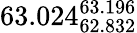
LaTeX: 63.024_{62.832}^{63.196}